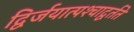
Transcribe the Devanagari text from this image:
द्विर्जयात्पश्‍चाद्वर्तते